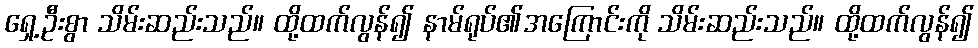
ရှေ့ဦးစွာ သိမ်းဆည်းသည်။ ထို့ထက်လွန်၍ နာမ်ရုပ်၏အကြောင်းကို သိမ်းဆည်းသည်။ ထို့ထက်လွန်၍